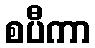
စပီကာ